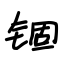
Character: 锢